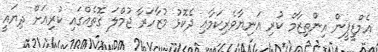
އެމްޑީޕީން އިންތިޒާމް ކުރި އަނިޔާވެރިކަމާއި ދެކޮޅު މުޒާހަރާ ޖުމްލަ ގޮތެއްގައި ކުރިއަށް ދިޔައީ